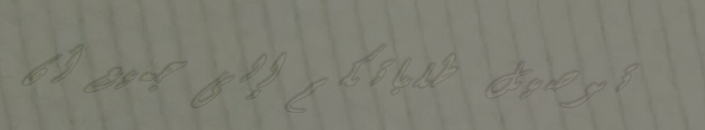
توصيل طلباتكم إلى جميع أن